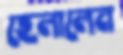
হেলালেন